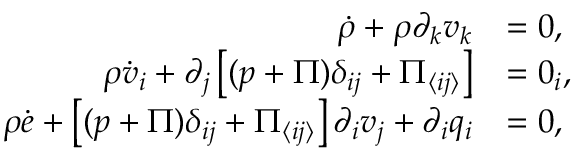
\begin{array} { r l } { \dot { \rho } + \rho \partial _ { k } v _ { k } } & { = 0 , } \\ { \rho \dot { v } _ { i } + \partial _ { j } \left[ ( p + \Pi ) \delta _ { i j } + \Pi _ { \langle i j \rangle } \right] } & { = 0 _ { i } , } \\ { \rho \dot { e } + \left[ ( p + \Pi ) \delta _ { i j } + \Pi _ { \langle i j \rangle } \right] \partial _ { i } v _ { j } + \partial _ { i } q _ { i } } & { = 0 , } \end{array}